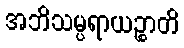
အဘိသမ္ပရာယဉ္စာတိ